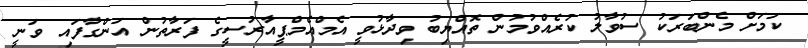
ކަމަށް މެންބަރަކު ސުވާލު ކުރެއްވުމުން ތޮއްޔިބު ވިދާޅުވީ އެމްއެމްޕީއާރުސީގެ ފަރާތުން އަންގާފައި ވަނީ